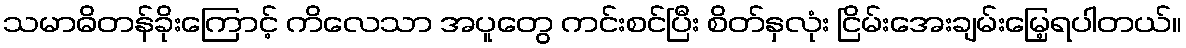
သမာဓိတန်ခိုးကြောင့် ကိလေသာ အပူတွေ ကင်းစင်ပြီး စိတ်နှလုံး ငြိမ်းအေးချမ်းမြေ့ရပါတယ်။